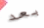
بعد